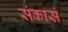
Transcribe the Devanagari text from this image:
संकासं